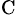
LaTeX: _\textrm{C}